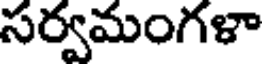
సర్వమంగళా